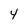
Character: 4